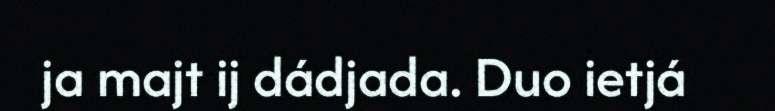
ja majt ij dádjada. Duo ietjá